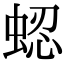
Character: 𬠍